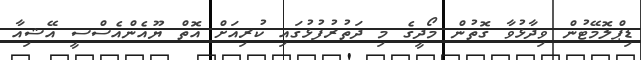
ޑިޕްލޮމޭޓުން ވިދާޅުވާ ގޮތުން މޯދީގެ މި ދަތުރުފުޅުގައި ކުރިއަށް އޮތް ޔޫއެންއެސްސީ އޭޝިއާ